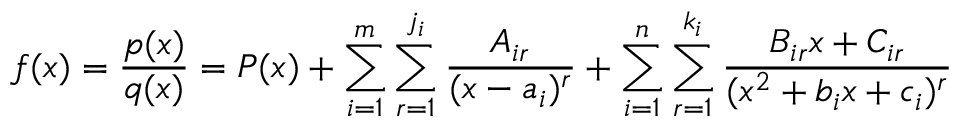
f ( x ) = { \frac { p ( x ) } { q ( x ) } } = P ( x ) + \sum _ { i = 1 } ^ { m } \sum _ { r = 1 } ^ { j _ { i } } { \frac { A _ { i r } } { ( x - a _ { i } ) ^ { r } } } + \sum _ { i = 1 } ^ { n } \sum _ { r = 1 } ^ { k _ { i } } { \frac { B _ { i r } x + C _ { i r } } { ( x ^ { 2 } + b _ { i } x + c _ { i } ) ^ { r } } }